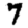
Digit: 7